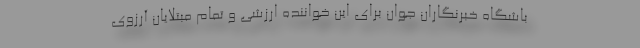
باشگاه خبرنگاران جوان برای این خواننده ارزشی و تمام مبتلایان آرزوی